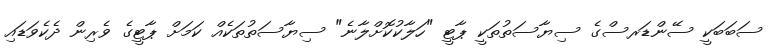
ސަބަބަކީ ސޭންޑަރސްގެ ސިޔާސަތުތަކީ ޕާޓީ "ހަލާކުކޮށްލާނެ" ސިޔާސަތުތަކެއް ކަމަށް ޕާޓީގެ ވެރިން ދެކެވަޑައި